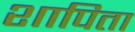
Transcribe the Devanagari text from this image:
शापिता